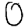
Digit: 0